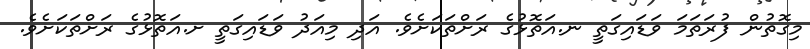
މިގޮތުން ފުރަތަމަ ވަޑައިގަތީ ނ.އަތޮޅުގެ ރަށްތަކަށެވެ. އަދި މިއަދު ވަޑައިގަތީ ށ.އަތޮޅުގެ ރަށްތަކަށެވެ.